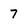
Character: 7